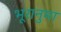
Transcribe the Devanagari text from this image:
भूरानुमा